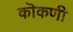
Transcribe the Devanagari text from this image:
कॊकणी